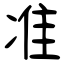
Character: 准